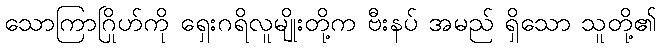
သောကြာဂြိုဟ်ကို ရှေးဂရိလူမျိုးတို့က ဗီးနပ် အမည် ရှိသော သူတို့၏